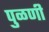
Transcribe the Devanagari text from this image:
पुळणी